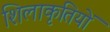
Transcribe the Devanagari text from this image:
शिलाकृतियों